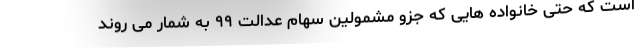
است که حتی خانواده هایی که جزو مشمولین سهام عدالت ۹۹ به شمار می روند